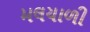
મલયાળી